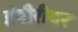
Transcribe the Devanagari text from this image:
इंटीरीयर